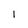
Character: 1